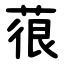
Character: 䓳